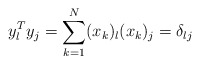
\begin{align*}y_{l}^{T}y_{j}=\sum_{k=1}^{N}(x_{k})_{l}(x_{k})_{j}=\delta_{lj}\end{align*}